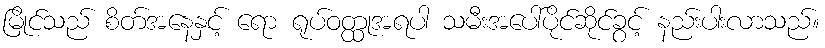
မြိုင်သည် စိတ်အနေနှင့် ရော ရုပ်ဝတ္ထုအရပါ သမီးအပေါ်ပိုင်ဆိုင်ခွင့် နည်းပါးလာသည်။